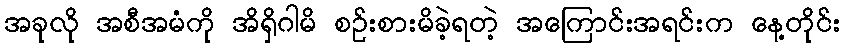
အခုလို အစီအမံကို အိရှိဂါမိ စဉ်းစားမိခဲ့ရတဲ့ အကြောင်းအရင်းက နေ့တိုင်း